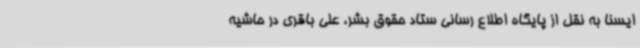
ایسنا به نقل از پایگاه اطلاع رسانی ستاد حقوق بشر، علی باقری در حاشیه‌